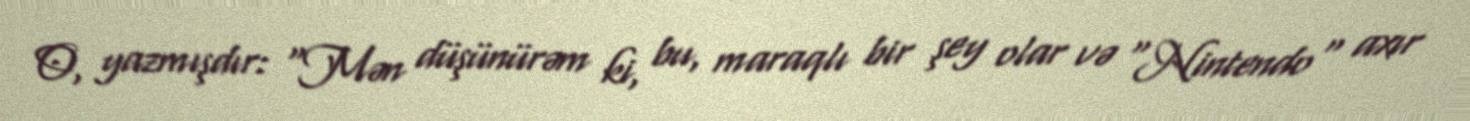
O, yazmışdır: "Mən düşünürəm ki, bu, maraqlı bir şey olar və "Nintendo" axır